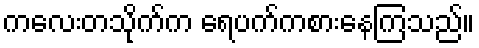
ကလေးတသိုက်က ရေပက်ကစားနေကြသည်။